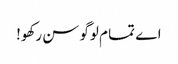
اے تما م لوگو سن رکھو!